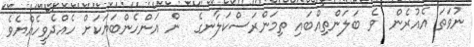
ނުވަތަ އެއުރެން  ވެ ބަލަންތިއްބައި ތިމަންރަސްކަލާނގެ  ން އަންހެންބަޔަކަށް ހެއްދެވީހެއްޔެވެ